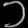
Digit: ၁